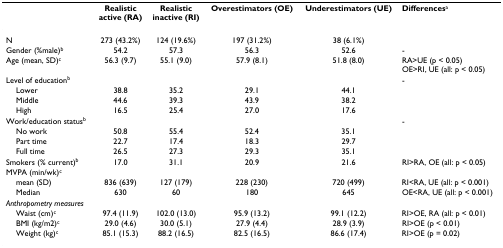
|  | Realistic active (RA) | Realistic inactive (RI) | Overestimators (OE) | Underestimators (UE) | Differencesa |
 | --- | --- | --- | --- | --- | --- |
 | N | 273 (43.2%) | 124 (19.6%) | 197 (31.2%) | 38 (6.1%) |  |
 | Gender (%male)b | 54.2 | 57.3 | 56.3 | 52.6 | - |
 | Age (mean, SD)c | 56.3 (9.7) | 55.1 (9.0) | 57.9 (8.1) | 51.8 (8.0) | RA>UE (p < 0.05)OE>RI, UE (all: p < 0.05) |
 | Level of educationb |  |  |  |  | - |
 | Lower | 38.8 | 35.2 | 29.1 | 44.1 |  |
 | Middle | 44.6 | 39.3 | 43.9 | 38.2 |  |
 | High | 16.5 | 25.4 | 27.0 | 17.6 |  |
 | Work/education statusb |  |  |  |  | - |
 | No work | 50.8 | 55.4 | 52.4 | 35.1 |  |
 | Part time | 22.7 | 17.4 | 18.3 | 29.7 |  |
 | Full time | 26.5 | 27.3 | 29.3 | 35.1 |  |
 | Smokers (% current)b | 17.0 | 31.1 | 20.9 | 21.6 | RI>RA, OE (all: p < 0.05) |
 | MVPA (min/wk)c |  |  |  |  |  |
 | mean (SD) | 836 (639) | 127 (179) | 228 (230) | 720 (499) | RI<RA, UE (all: p < 0.001) |
 | Median | 630 | 60 | 180 | 645 | OE<RA, UE (all: p < 0.001) |
 | <COLSPAN=6> Anthropometry measures |
 | Waist (cm)c | 97.4 (11.9) | 102.0 (13.0) | 95.9 (13.2) | 99.1 (12.2) | RI>OE, RA (all: p < 0.01) |
 | BMI (kg/m2)c | 29.0 (4.6) | 30.0 (5.1) | 27.9 (4.4) | 28.9 (3.9) | RI>OE (p < 0.01) |
 | Weight (kg)c | 85.1 (15.3) | 88.2 (16.5) | 82.5 (16.5) | 86.6 (17.4) | RI>OE (p = 0.02) |